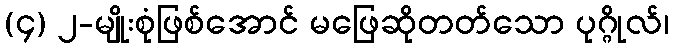
(၄) ၂-မျိုးစုံဖြစ်အောင် မဖြေဆိုတတ်သော ပုဂ္ဂိုလ်၊